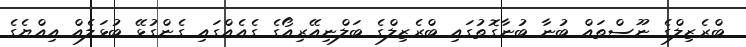
ބްރެޒިލްގެ ނޫސްތައް ބުނާ ބުނާގޮތުގައި ބްރެޒިލްގެ ބަލްނިއޭރިއޯގެ ގެއެއްގައި ގެންގުޅޭ ބުޅަލެއް އިއްޔެގެ